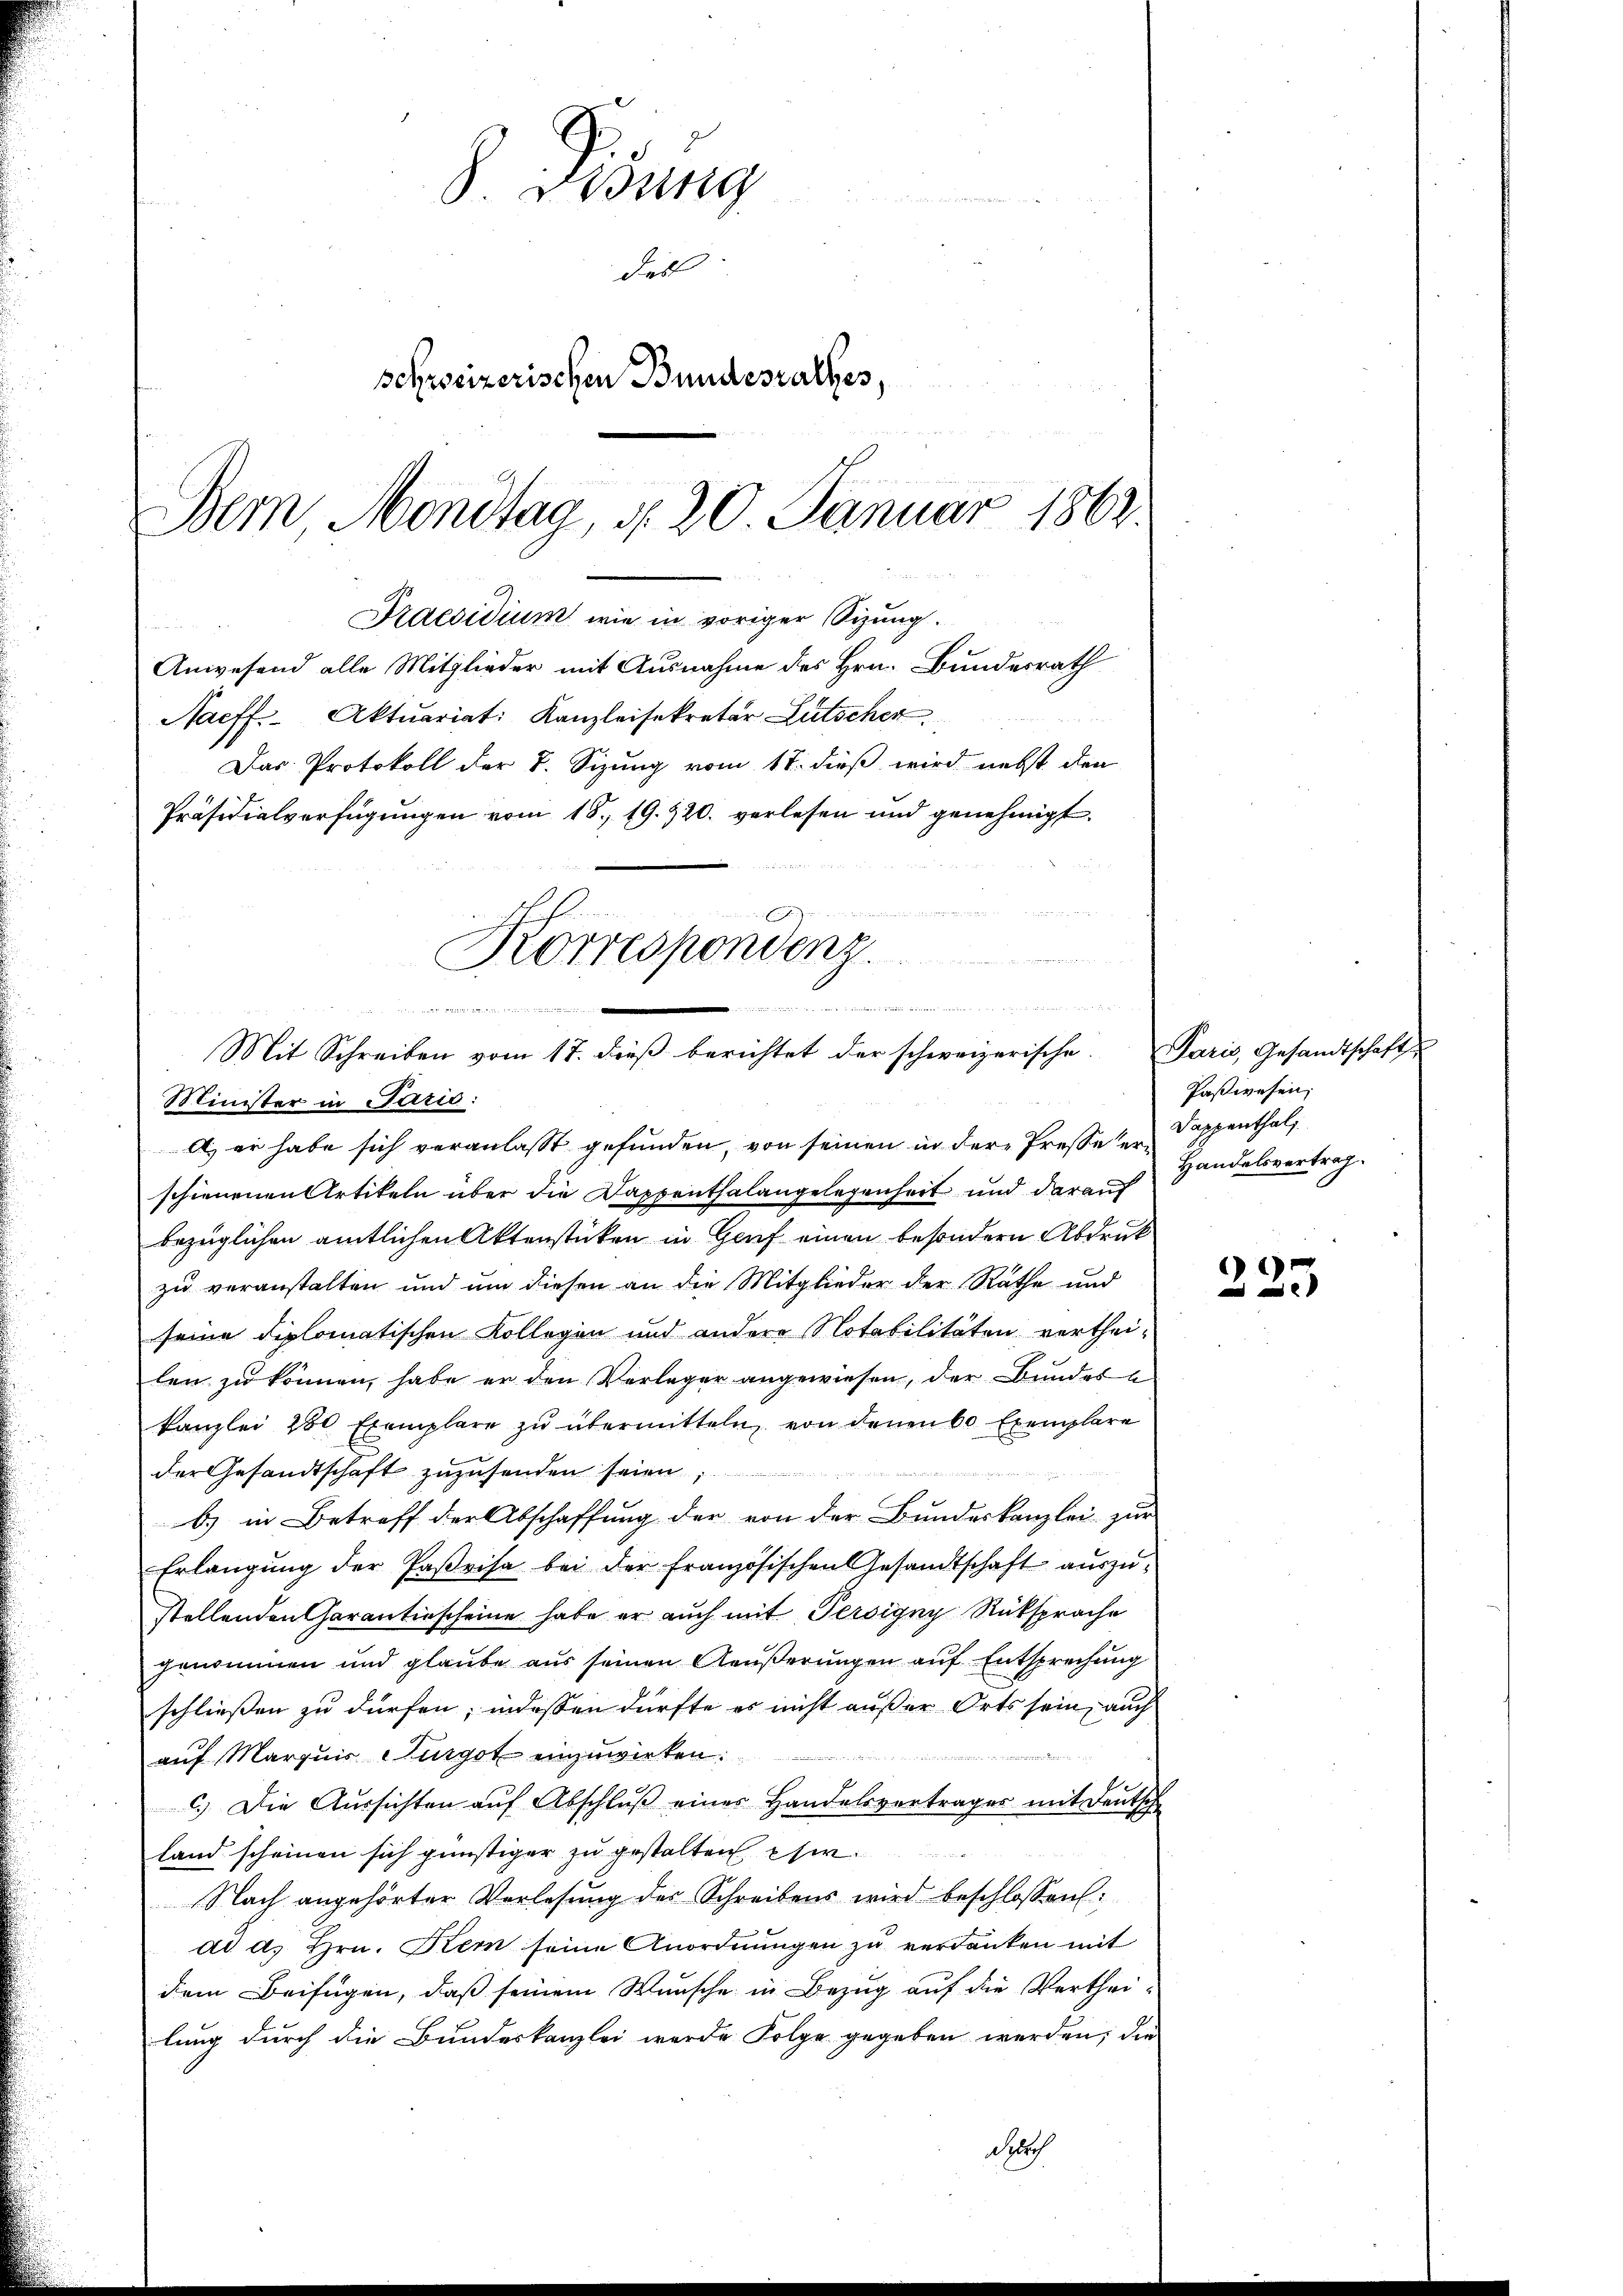
Anwesend alle Mitglieder mit Ausnahme des Hrn. Bundesrath
Naeff. Aktuariat Kanzleisekretär Lütscher
Das Protokoll der B. Sizung vom 18. dieß wird nebst den

S. Gesung
des
schreizerischen Bundesrathes,
Bern Mondtag, d. 20 Januar 1862.
Praesidium wie in voriger Sizung.

Präsidialverfügungen vom 18. 19. 420. verlesen und genehmigt.

Korrespondenz.
e
un er mit es in den
Mit Schreiben vom 17. dieβ berichtet der schweizerische. Paris, Gesandtschaft
Minister in Parid:
l, er habe sich veranlasst gefunden, von seinen in der Presse er¬

schienenen Artikeln über die Dappenthalangelegenheit und darauf
bezüglichen amtlichen Aktenstücken in Genf einen besondern Abdruk
zu veranstalten und um diesen an die Mitglieder der Rathe und
seine diplomatischen Kollegen und andere Notabilitäten vorthei-
len zu können, habe er den Verleger angewiesen, der Bundere
kanzlei 250 Exemplare zu übermitteln, von denen 60 Exemplare
der Gesandtschaft zuzusenden seien.
b) in Betreff der Abschaffung der von der Bundeskanzlei zur
Erlangŭng der Parisa bei der französischen Gesandtschaft aŭszŭ-
stellenden Carantiescheine habe er auch mit Persigny Rüksprache
genommen und glaube aus seinen Aeußerungen auf Entsprechung
schließen zu dürfen; indessen dürfte es nicht außer Orts sein, auch
e
auf Marquis Furgot einzuwirken:
c.) Die Aŭssichten aŭf Abschlŭβ einer Handelsvertrages mit Deutsch
land scheinen sich günstiger zu gestalten ehe
Nach angehörter Vorlesung des Schreibens wird beschlossen:
dd. d. Hrn. Kern seine Anordnungen zu verdanken mit
dem Beifügen, daß seinem Wunsche in Bezug auf die Verthei-
lung durch die Bundeskanzlei wurde Folge gegeben werden; die
droh

u
  die ich in de

Paßwesen;
Dappenthal
Handelsvertrag.

)